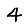
Digit: 4